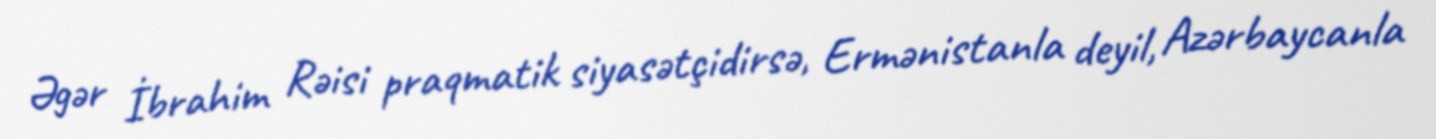
Əgər İbrahim Rəisi praqmatik siyasətçidirsə, Ermənistanla deyil, Azərbaycanla